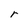
Character: r